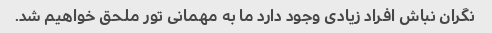
نگران نباش افراد زیادی وجود دارد ما به مهمانی تور ملحق خواهیم شد.